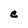
Character: C